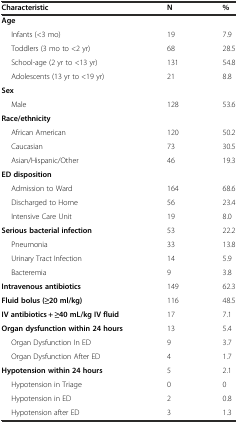
<table><thead><tr><td><b>Characteristic</b></td><td><b>N</b></td><td><b>%</b></td></tr></thead><tbody><tr><td><b>Age</b></td><td></td><td></td></tr><tr><td>Infants (&lt;3 mo)</td><td>19</td><td>7.9</td></tr><tr><td>Toddlers (3 mo to &lt;2 yr)</td><td>68</td><td>28.5</td></tr><tr><td>School-age (2 yr to &lt;13 yr)</td><td>131</td><td>54.8</td></tr><tr><td>Adolescents (13 yr to &lt;19 yr)</td><td>21</td><td>8.8</td></tr><tr><td><b>Sex</b></td><td></td><td></td></tr><tr><td>Male</td><td>128</td><td>53.6</td></tr><tr><td><b>Race/ethnicity</b></td><td></td><td></td></tr><tr><td>African American</td><td>120</td><td>50.2</td></tr><tr><td>Caucasian</td><td>73</td><td>30.5</td></tr><tr><td>Asian/Hispanic/Other</td><td>46</td><td>19.3</td></tr><tr><td><b>ED disposition</b></td><td></td><td></td></tr><tr><td>Admission to Ward</td><td>164</td><td>68.6</td></tr><tr><td>Discharged to Home</td><td>56</td><td>23.4</td></tr><tr><td>Intensive Care Unit</td><td>19</td><td>8.0</td></tr><tr><td><b>Serious bacterial infection</b></td><td>53</td><td>22.2</td></tr><tr><td>Pneumonia</td><td>33</td><td>13.8</td></tr><tr><td>Urinary Tract Infection</td><td>14</td><td>5.9</td></tr><tr><td>Bacteremia</td><td>9</td><td>3.8</td></tr><tr><td><b>Intravenous antibiotics</b></td><td>149</td><td>62.3</td></tr><tr><td><b>Fluid bolus (≥20 ml/kg)</b></td><td>116</td><td>48.5</td></tr><tr><td><b>IV antibiotics + ≥40 mL/kg IV fluid</b></td><td>17</td><td>7.1</td></tr><tr><td><b>Organ dysfunction within 24 hours</b></td><td>13</td><td>5.4</td></tr><tr><td>Organ Dysfunction In ED</td><td>9</td><td>3.7</td></tr><tr><td>Organ Dysfunction After ED</td><td>4</td><td>1.7</td></tr><tr><td><b>Hypotension within 24 hours</b></td><td>5</td><td>2.1</td></tr><tr><td>Hypotension in Triage</td><td>0</td><td>0</td></tr><tr><td>Hypotension in ED</td><td>2</td><td>0.8</td></tr><tr><td>Hypotension after ED</td><td>3</td><td>1.3</td></tr></tbody></table>